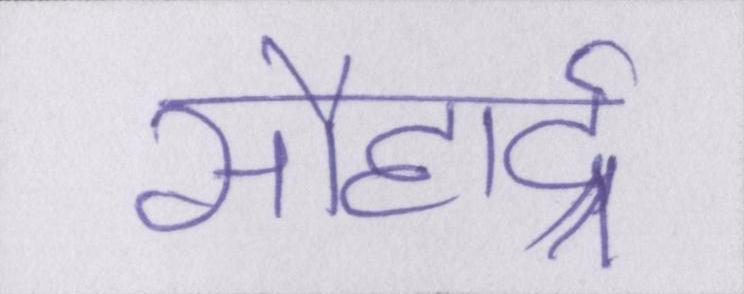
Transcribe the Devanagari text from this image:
सौहार्द्र